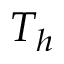
T _ { h }